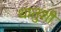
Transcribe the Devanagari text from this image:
धातुशी